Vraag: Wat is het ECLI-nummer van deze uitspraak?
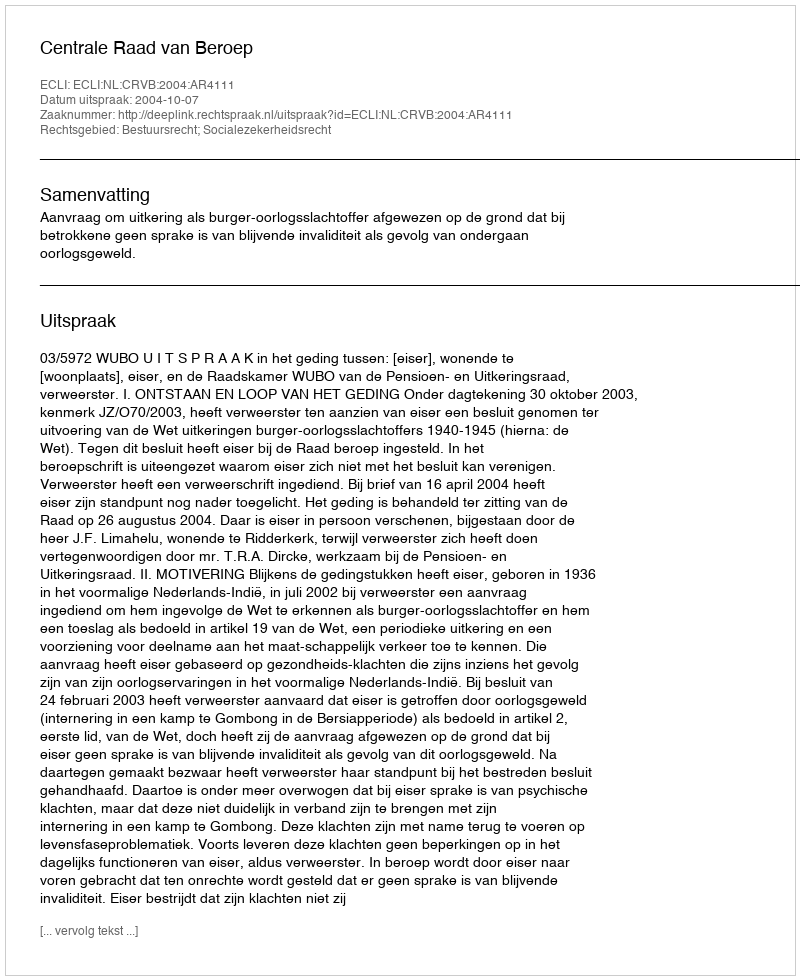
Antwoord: ECLI:NL:CRVB:2004:AR4111